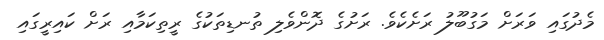
މެދުގައި ވަރަށް މަގުބޫލު ރަށެކެވެ. ރަށުގެ ދޮންވެލި ތުނޑިތަކުގެ ރީތިކަމާއި ރަށް ކައިރީގައި